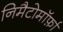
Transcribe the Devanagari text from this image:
निमैटोमॉर्फ़ा